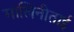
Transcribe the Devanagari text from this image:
मालिनीताई